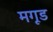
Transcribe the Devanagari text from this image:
मगूड